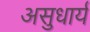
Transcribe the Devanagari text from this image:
असुधार्य